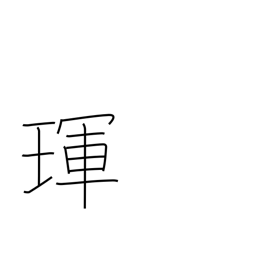
Meaning: jewel